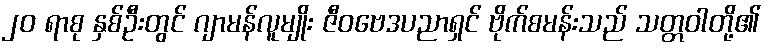
၂၀ ရာစု နှစ်ဦးတွင် ဂျာမန်လူမျိုး ဇီဝဗေဒပညာရှင် ဗိုက်စမန်းသည် သတ္တဝါတို့၏